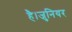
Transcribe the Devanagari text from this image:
है।जुनियर